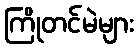
ကြိုတင်မဲများ